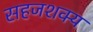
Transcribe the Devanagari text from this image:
सहजशक्‍य